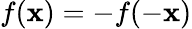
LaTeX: f({\mathbf{x}})=-f(-{\mathbf{x}})